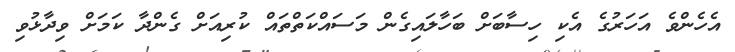
އެހެންވެ އަހަރުގެ އެކި ހިސާބަށް ބަހާލައިގެން މަސައްކަތްތައް ކުރިއަށް ގެންދާ ކަމަށް ވިދާޅުވި